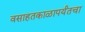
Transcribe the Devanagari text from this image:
वसाहतकाळापर्यंतचा